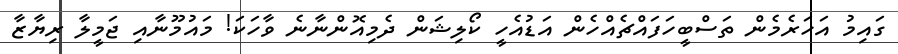
ގައިމު އަހަރެމެން ތަސްބީހަފައްޗެއްހެން އަޑުއެހީ ކޯލިޝަން ދެމިއޮންނާނެ ވާހަކަ! މައުމޫނާއި ޖަމީލާ ރިޔާޒާ